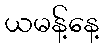
ယမန့်နေ့